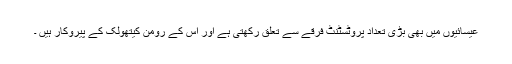
عیسائیوں میں بھی بڑی تعداد پروٹسٹنٹ فرقے سے تعلق رکھتی ہے اور اس کے رومن کیتھولک کے پیروکار ہیں ۔